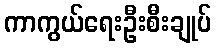
ကာကွယ်ရေးဦးစီးချုပ်